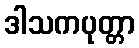
ဒါသကပုတ္တာ